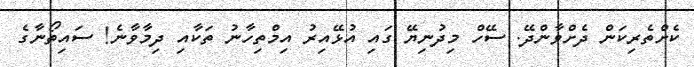
ކެށްތެރިކަން ދެށްވާންދޭ. ސޭހް މިދުނިޔޭ ގައި އުޅޭއިރު އިމްތިހާނު ތަކާއި ދިމާވާނެ! ސައިތޯނާގެ